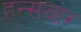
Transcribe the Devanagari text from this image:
हन्सवार